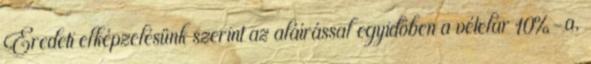
Eredeti elképzelésünk szerint az aláírással egyidőben a vételár 10%-a,